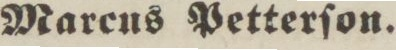
Marcus Petterſon.